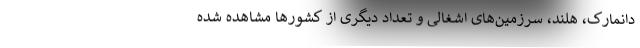
دانمارک، هلند، سرزمین‌های اشغالی و تعداد دیگری از کشورها مشاهده شده